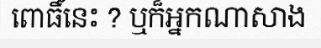
ពោធិ៍នេះ ? ឬក៏អ្នកណាសាង